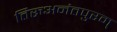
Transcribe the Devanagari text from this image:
तिरुअनंतपुरम्